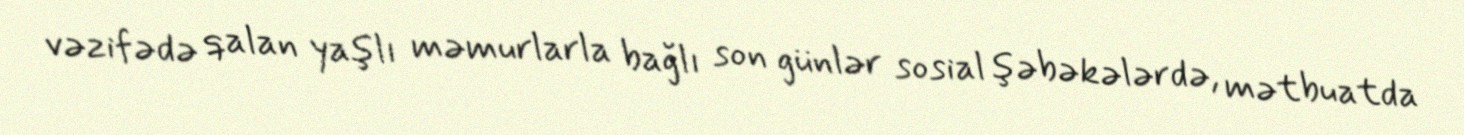
vəzifədə qalan yaşlı məmurlarla bağlı son günlər sosial şəbəkələrdə, mətbuatda